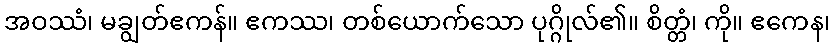
အဝဿံ၊ မချွတ်ဧကန်။ ဧကဿ၊ တစ်ယောက်သော ပုဂ္ဂိုလ်၏။ စိတ္တံ၊ ကို။ ဧကေန၊